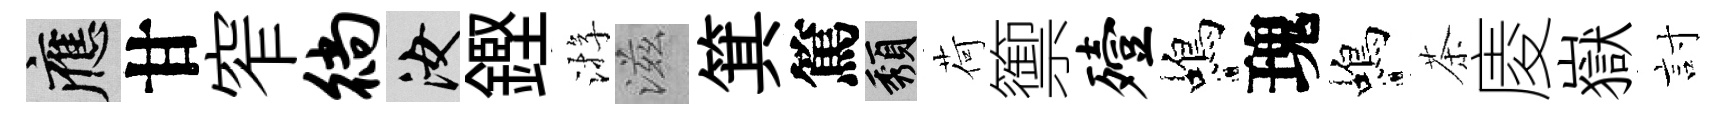
應甘窄徜汝鏗㳺滋箕篤頽荷籞殪蝎瑰蝎茶庱嶽討